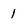
Character: 1